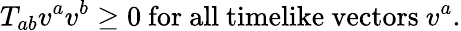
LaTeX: T_{ab}v^{a}v^{b}\geq 0\mathrm{~for~all~timelike~vectors~}v^{a}.